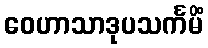
ဝေဟာသာဒုပသင်္ကမိံ